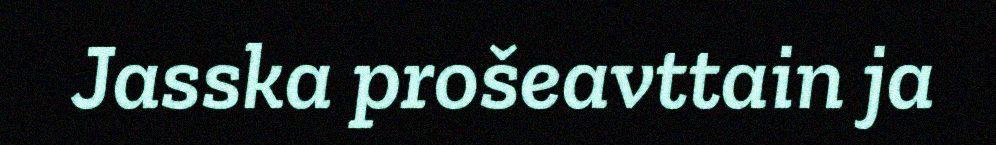
Jasska prošeavttain ja